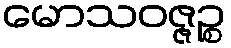
မောသဝဇ္ဇဉ္စ